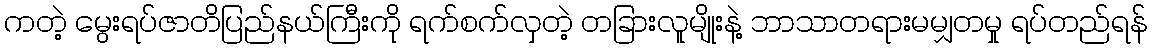
ကတဲ့ မွေးရပ်ဇာတိပြည်နယ်ကြီးကို ရက်စက်လှတဲ့ တခြားလူမျိုးနဲ့ ဘာသာတရားမမျှတမှု ရပ်တည်ရန်